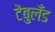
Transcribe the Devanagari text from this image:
टेंबुलँड